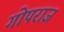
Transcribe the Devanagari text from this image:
गोपराज